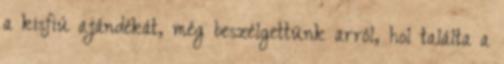
a kisfiú ajándékát, még beszélgettünk arról, hol találta a